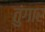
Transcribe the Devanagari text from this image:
तुंगार